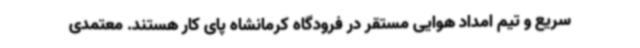
سریع و تیم امداد هوایی مستقر در فرودگاه کرمانشاه پای کار هستند. معتمدی